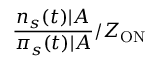
\frac { n _ { s } ( t ) | A } { \pi _ { s } ( t ) | A } / Z _ { \mathrm { O N } }